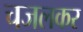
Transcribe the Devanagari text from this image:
चजलकर